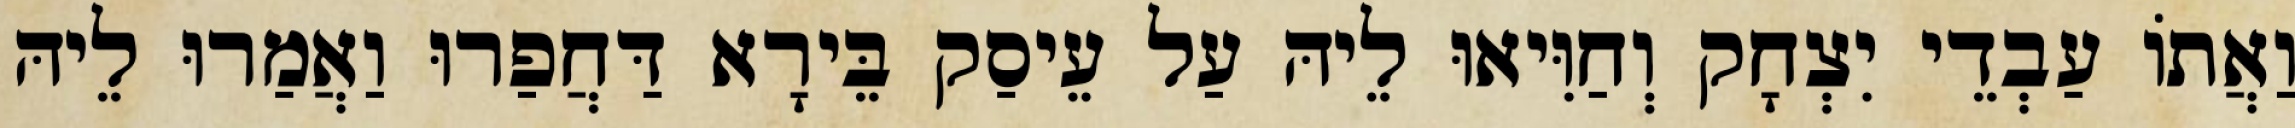
וַאֲתוֹ עַבְדֵי יִצְחָק וְחַוִּיאוּ לֵיהּ עַל עֵיסַק בֵּירָא דַּחֲפַרוּ וַאֲמַרוּ לֵיהּ